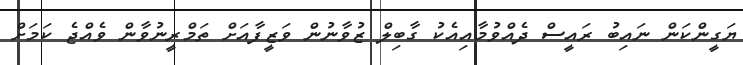
ޔަގީންކަން ނައިބު ރައީސް ދެއްވުމާއިއެކު ގާބިލް ޒުވާނުން ވަޒީފާއަށް ތަމްރީނުވާން ވެއްޖެ ކަމަށް